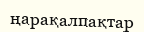
ңарақалпақтар